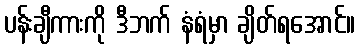
ပန်းချီကားကို ဒီဘက် နံရံမှာ ချိတ်ရအောင်။